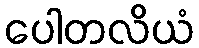
ပေါတလိယံ